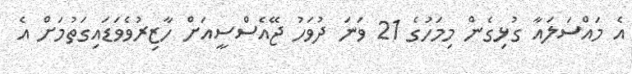
އެ މައްސަލައާ ގުޅިގެން މިމަހުގެ 21 ވަނަ ދުވަހު ޖޭއެސްސީއަށް ހާޒިރުވެވަޑައިގަތުމަށް އެ